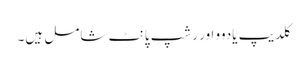
کلدیپ یادوو اور رشپ پانٹ شامل ہیں۔